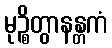
မုဉ္စိတွာနန္တကံ